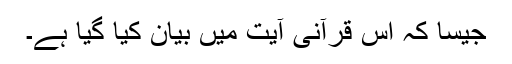
جیسا کہ اس قرآنی آیت میں بیان کیا گیا ہے۔